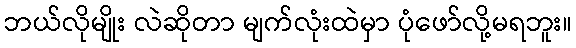
ဘယ်လိုမျိုး လဲဆိုတာ မျက်လုံးထဲမှာ ပုံဖော်လို့မရဘူး။